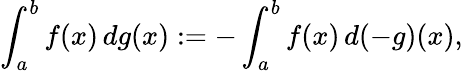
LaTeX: \int_{a}^{b}f(x)\, dg(x):=-\int_{a}^{b}f(x)\, d(-g)(x),